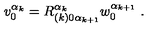
v _ { 0 } ^ { \alpha _ { k } } = R _ { ( k ) 0 \alpha _ { k + 1 } } ^ { \alpha _ { k } } w _ { 0 } ^ { \alpha _ { k + 1 } } \ .